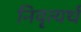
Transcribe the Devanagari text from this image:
निवृत्यर्थ